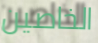
الخاصين